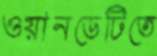
ওয়ানডেটিতে